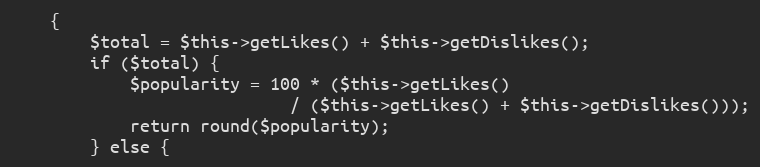
Language: PHP
    {
        $total = $this->getLikes() + $this->getDislikes();
        if ($total) {
            $popularity = 100 * ($this->getLikes()
                            / ($this->getLikes() + $this->getDislikes()));
            return round($popularity);
        } else {